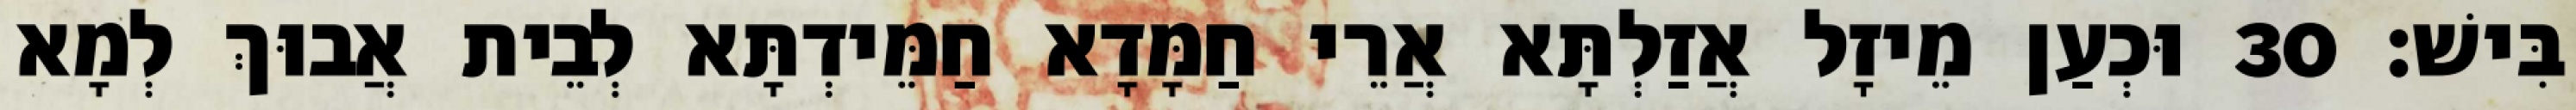
בִּישׁ׃ 30 וּכְעַן מֵיזָל אֲזַלְתָּא אֲרֵי חַמָּדָא חַמֵּידְתָּא לְבֵית אֲבוּךְ לְמָא